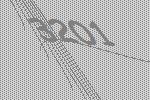
3201